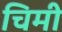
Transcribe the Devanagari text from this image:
चिमी